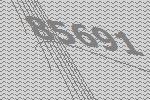
85691